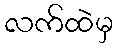
လက်ထဲမှ